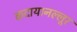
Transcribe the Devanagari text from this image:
कदायानल्लूर